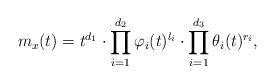
LaTeX: \begin{align*}m_x(t)=t^{d_1}\cdot\prod_{i=1}^{d_2}\varphi_i(t)^{l_i}\cdot\prod_{i=1}^{d_3}\theta_i(t)^{r_i},\end{align*}